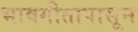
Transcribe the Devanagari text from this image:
भावगीतापासून